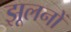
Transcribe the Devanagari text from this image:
झूलनों